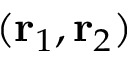
( \mathbf { r } _ { 1 } , \mathbf { r } _ { 2 } )